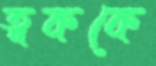
ত্বককে